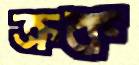
ক্রক